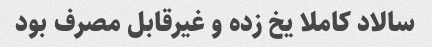
سالاد کاملا یخ زده و غیرقابل مصرف بود